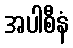
အပါစီနံ